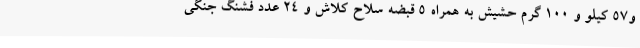
و57 کیلو و 100 گرم حشیش به همراه 5 قبضه سلاح کلاش و 24 عدد فشنگ جنگی